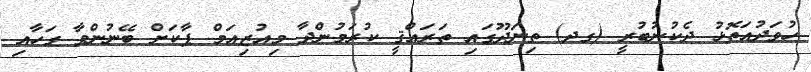
ހުވަދުއަތޮޅު ދެކުނުބުރީ (ގދ) ތިނަދޫގައި ތަރައްޤީ ކުރަމުންދާ މިއުޒިއަމް ޕާކަށް ބޭނުންވާ ގަހާއި